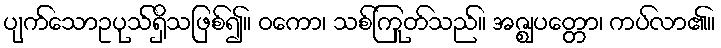
ပျက်သောဥပုသ်ရှိသဖြစ်၍။ ဝကော၊ သစ်ကြုတ်သည်။ အဇ္ဈပတ္တော၊ ကပ်လာ၏။